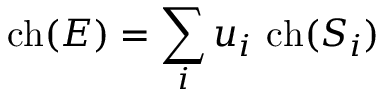
\mathrm { c h } ( { \cal E } ) = \sum _ { i } u _ { i } \ \mathrm { c h } ( S _ { i } )